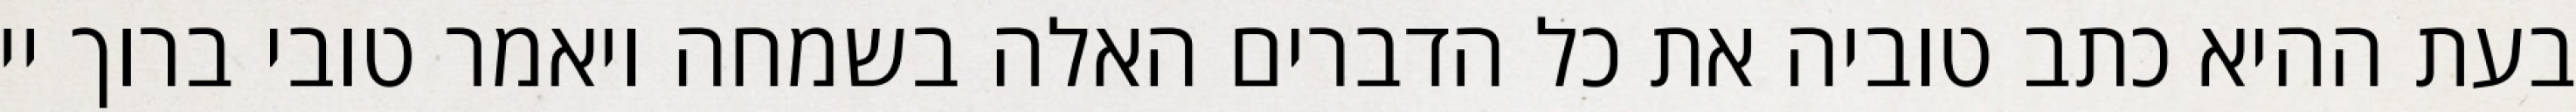
בעת ההיא כתב טוביה את כל הדברים האלה בשמחה ויאמר טובי ברוך יי